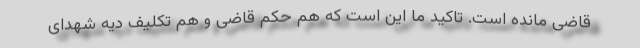
قاضی مانده است. تاکید ما این است که هم حکم قاضی و هم تکلیف دیه شهدای